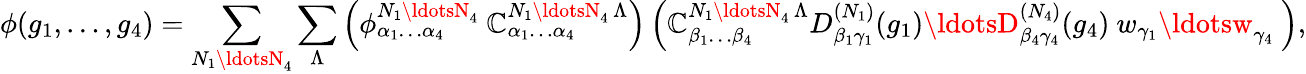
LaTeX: \phi(g_{1},\ldots,g_{4})=\sum_{N_{1}\ldotsN_{4}}\sum_{\Lambda}\left(\phi_{\alpha_{1}\ldots\alpha_{4}}^{N_{1}\ldotsN_{4}}\ \mathbb{C}_{\alpha_{1}\ldots\alpha_{4}}^{N_{1}\ldotsN_{4}\, \Lambda}\right)\left({\mathbb{C}}_{\beta_{1}\ldots\beta_{4}}^{N_{1}\ldotsN_{4}\, \Lambda}D_{\beta_{1}\gamma_{1}}^{(N_{1})}(g_{1})\ldotsD_{\beta_{4}\gamma_{4}}^{(N_{4})}(g_{4})\ w_{\gamma_{1}}\ldotsw_{\gamma_{4}}\ \right),